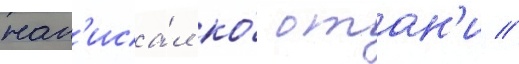
нап'иса́л ко́ отан'и //